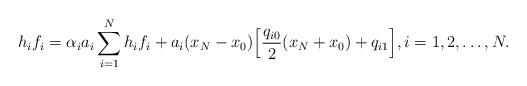
LaTeX: \begin{align*}h_i f_i = \alpha_i a_i \sum_{i=1}^N h_i f_i + a_i (x_N-x_0)\Big[ \frac{q_{i0}}{2} (x_N+x_0) + q_{i1} \Big], i=1,2,\dots, N.\end{align*}